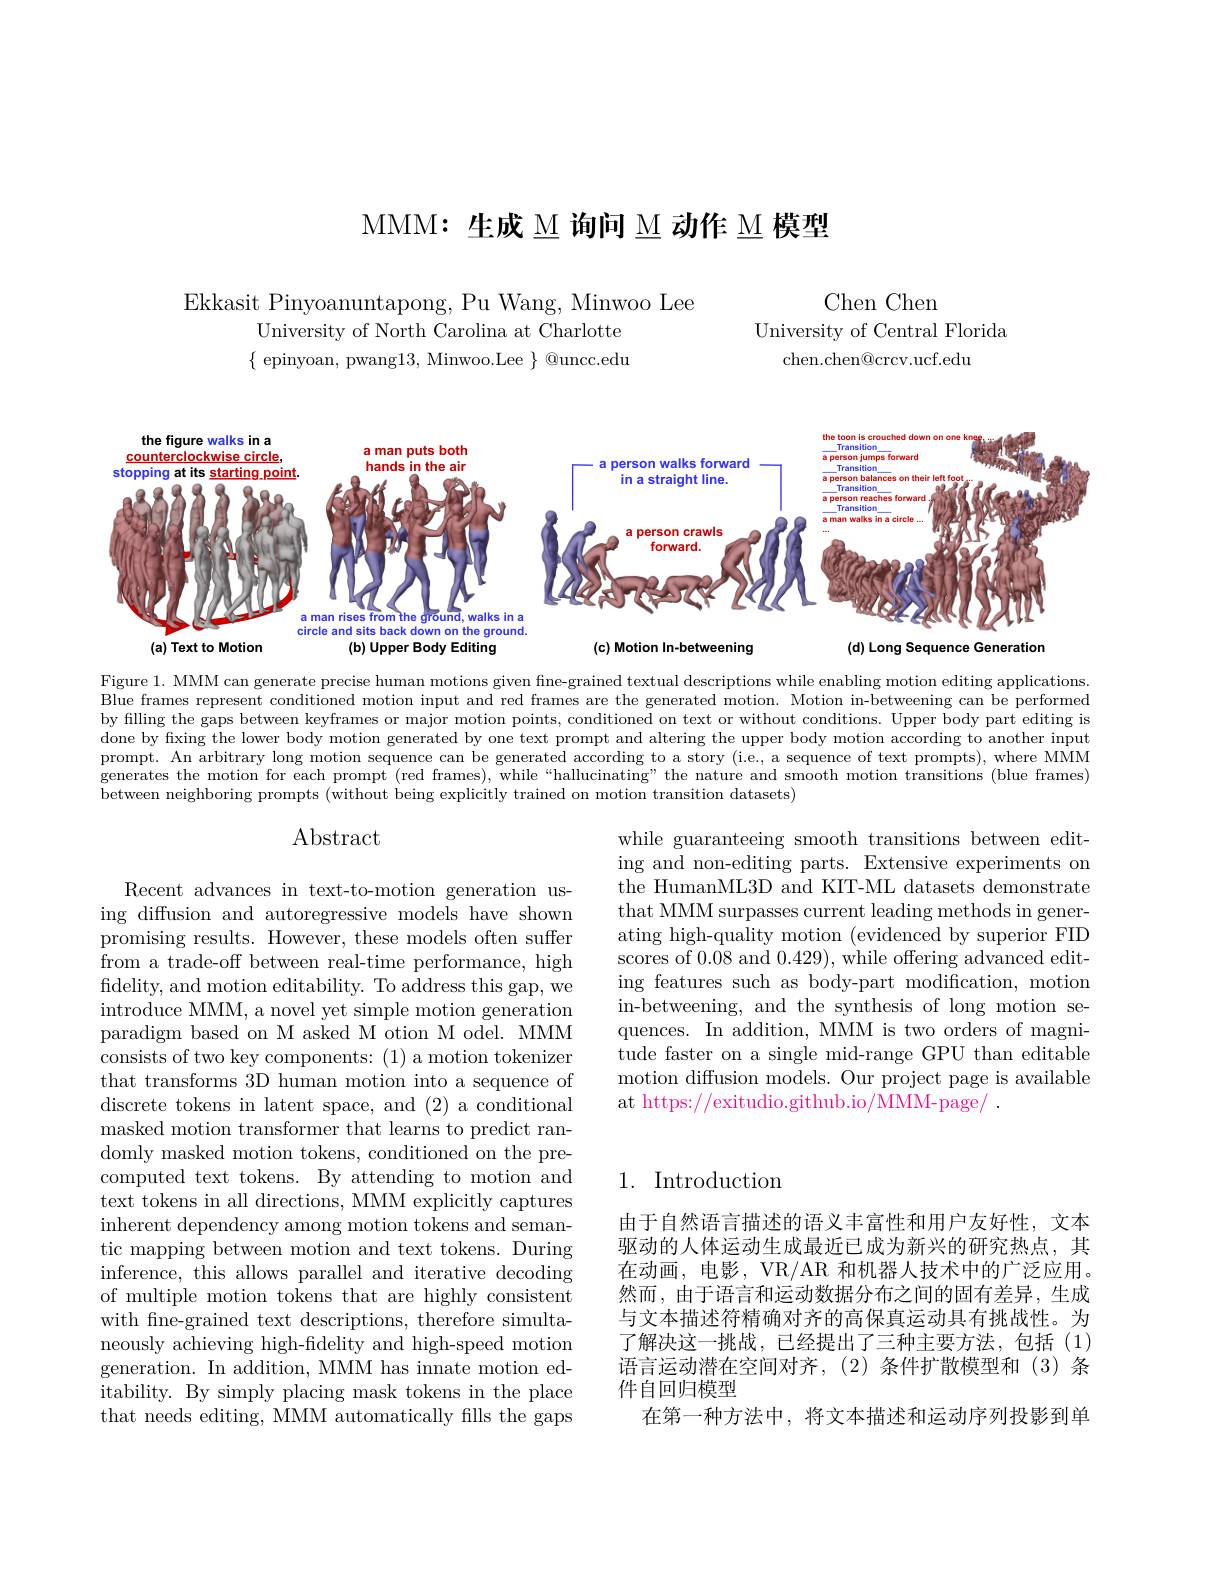
MMM: 生成 M 询问 M 动作 M 模型

Chen Chen
University of Central Florida
chen.chen@crcv.ucf.edu

Ekkasit Pinyoanuntapong, Pu Wang, Minwoo Lee
University of North Carolina at Charlotte $\{$ epinyoan, pwang13, Minwoo.Lee $\}$ @uncc.edu

<FigureHere>

Figure 1. MMM can generate precise human motions given fine-grained textual descriptions while enabling motion editing applications. Blue frames represent conditioned motion input and red frames are the generated motion. Motion in-betweening can be performed by filling the gaps between keyframes or major motion points, conditioned on text or without conditions. Upper body part editing is done by fixing the lower body motion generated by one text prompt and altering the upper body motion according to another input prompt. An arbitrary long motion sequence can be generated according to a story (i.e, a sequence of text prompts), where MMM generates the motion for each prompt (red frames), while “hallucinating” the nature and smooth motion transitions (blue frames) between neighboring prompts (without being explicitly trained on motion transition datasets)

# $\operatorname{Abstract}$

while guaranteeing smooth transitions between editing and non-editing parts. Extensive experiments on the HumanML3D and KIT-ML datasets demonstrate that MMM surpasses current leading methods in generating high-quality motion (evidenced by superior FID scores of 0.08 and 0.429), while offering advanced editing features such as body-part modification, motion in-betweening, and the synthesis of long motion sequences. In addition, MMM is two orders of magni- ${\mathrm{tude~faster~on~a~single~mid-range~GPU~than~editable}}$ motion diffusion models. Our project page is available at https://exitudio.github.io/MMM-page/ .

Recent advances in text-to-motion generation using diffusion and autoregressive models have shown promising results. However, these models often suffer from a trade-off between real-time performance, high fidelity, and motion editability. To address this gap, we introduce MMM, a novel yet simple motion generation paradigm based on M asked M otion M odel. MMM consists of two key components: (1) a motion tokenizer that transforms 3D human motion into a sequence of discrete tokens in latent space, and (2) a conditional masked motion transformer that learns to predict randomly masked motion tokens, conditioned on the precomputed text tokens. By attending to motion and text tokens in all directions, MMM explicitly captures inherent dependency among motion tokens and semantic mapping between motion and text tokens. During inference, this allows parallel and iterative decoding of multiple motion tokens that are highly consistent with fine-grained text descriptions, therefore simultaneously achieving high-fidelity and high-speed motion generation. In addition, MMM has innate motion editability. By simply placing mask tokens in the place that needs editing, MMM automatically fills the gaps

## 1. Introduction

由于自然语言描述的语义丰富性和用户友好性，文本驱动的人体运动生成最近已成为新兴的研究热点，其在动画，电影，VR/AR 和机器人技术中的广泛应用。然而，由于语言和运动数据分布之间的固有差异，生成与文本描述符精确对齐的高保真运动具有挑战性。为了解决这一挑战，已经提出了三种主要方法，包括(1) 语言运动潜在空间对齐，(2)条件扩散模型和(3)条件自回归模型
在第一种方法中，将文本描述和运动序列投影到单